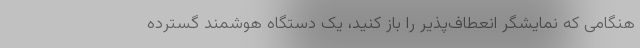
هنگامی که نمایشگر انعطاف‌پذیر را باز کنید، یک دستگاه هوشمند گسترده